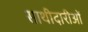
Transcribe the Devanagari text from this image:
साथीदारीओं